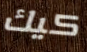
كيك